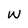
Character: w